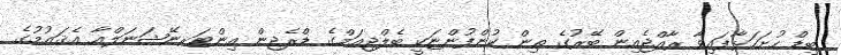
ބިޑް ހުށަހަޅާފައިވާ ރާއްޖެއިން ބޭރުގެ ތިން ކުންފުންޏަކީ ބެލްޖިއަމްގެ ޑްރެޖިން އިންޓަރނޭޝަނަލްއާ އެޤައުމުގެ